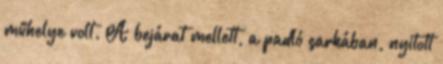
műhelye volt. A bejárat mellett, a padló sarkában, nyitott